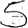
Digit: 5